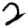
Digit: 2